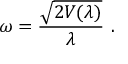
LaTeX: \omega = \frac { \sqrt { 2 V ( \lambda ) } } { \lambda } ~ .